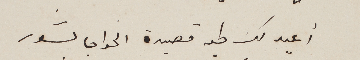
أعيد لك طيه قصيدة الخواجا بشور